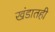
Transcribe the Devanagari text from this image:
खंडातही